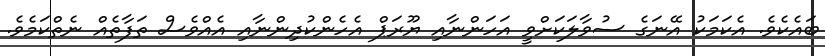
ބައެކެވެ. އެކަމަކު އޭނަގެ ސުވާލަކަށްވީ އަހަންނާއި ޔޫރަޕް އެހެންކުދިންނާއި އެއްވެސް ތަފާތެއް ނެތްކަމެވެ.